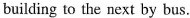
building to the next by bus.